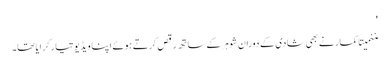
'
مننمیتا کمار نے بھی شادی کے دوران شوہر کے ساتھ رقص کرتے ہوئے اپنا ویڈیو تیار کرایا تھا۔